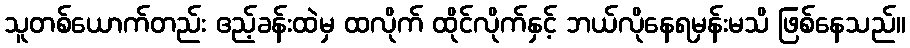
သူတစ်ယောက်တည်း ဧည့်ခန်းထဲမှ ထလိုက် ထိုင်လိုက်နှင့် ဘယ်လိုနေရမှန်းမသိ ဖြစ်နေသည်။